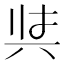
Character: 𭁇